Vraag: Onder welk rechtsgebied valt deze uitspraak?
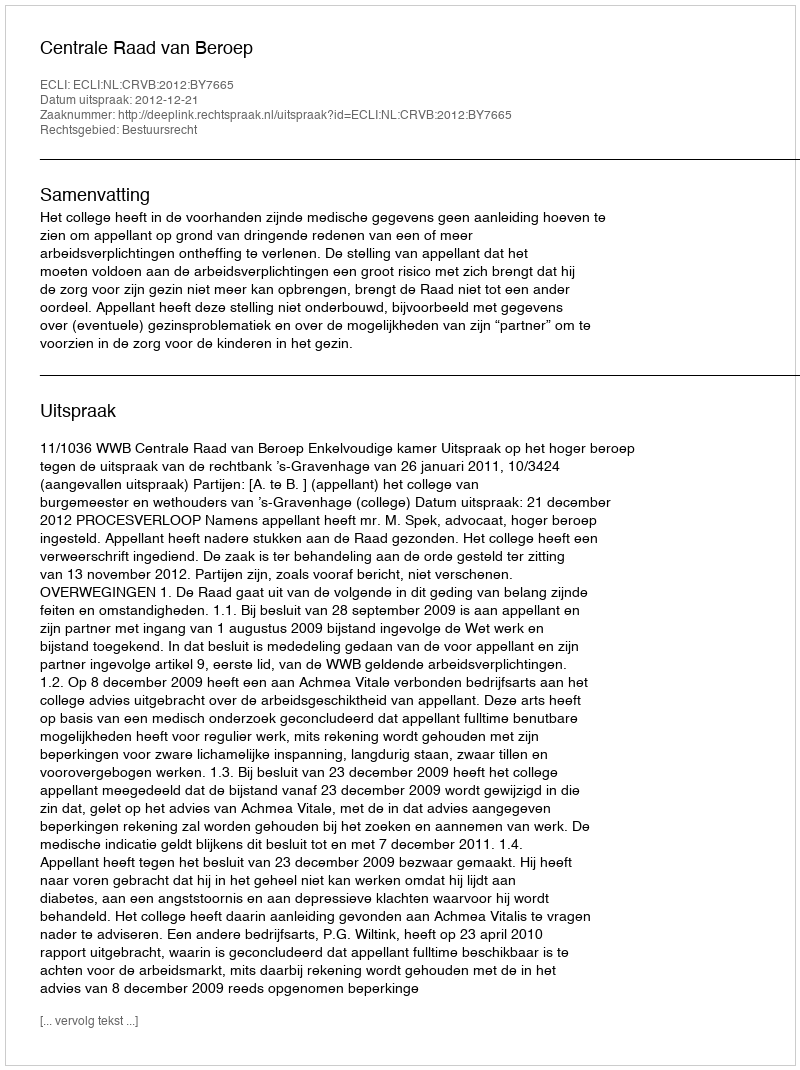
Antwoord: Bestuursrecht